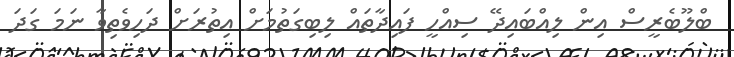
ބްލޫބެރީސް އިން ލިއްބައިދޭ ސިއްހީ ފައިދާތައް ލިބިގަތުމަށް އިތުރަށް ދަހިވެތިވާ ނަމަ ގަދަ